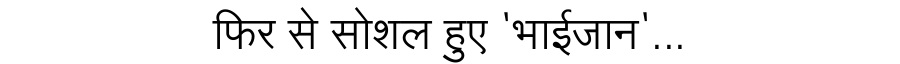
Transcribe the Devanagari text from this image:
फिर से सोशल हुए 'भाईजान'...